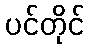
ပင်တိုင်